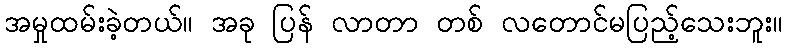
အမှုထမ်းခဲ့တယ်။ အခု ပြန် လာတာ တစ် လတောင်မပြည့်သေးဘူး။